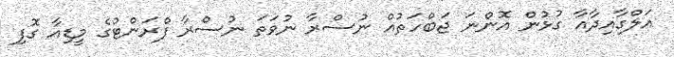
އަލްގާއިދާއާ ގުޅުން އޮންނަ ޖަބްހަތުއް ނުސްރާ ނުވަތަ ނުސްރާ ފްރަންޓުގެ މީޑިއާ ގޮފި